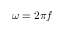
\omega = 2 \pi f